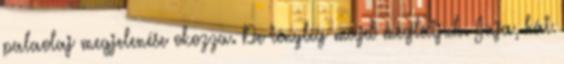
palaolaj megjelenése okozza. De tényleg majd meglátjuk. Jaja, hát